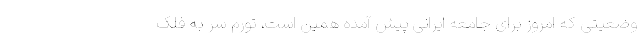
وضعیتی که امروز برای جامعه ایرانی پیش آمده همین است، تورم سر به فلک